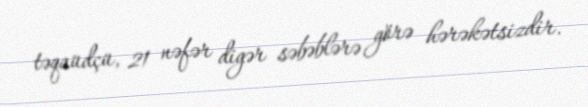
təqaüdçü, 21 nəfər digər səbəblərə görə hərəkətsizdir.